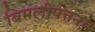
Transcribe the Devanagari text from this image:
बिमलीपत्तनम